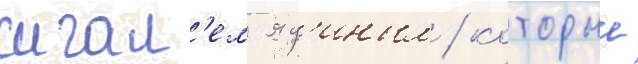
игал'ем яд'иным / которыи